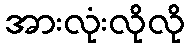
အားလုံးလိုလို